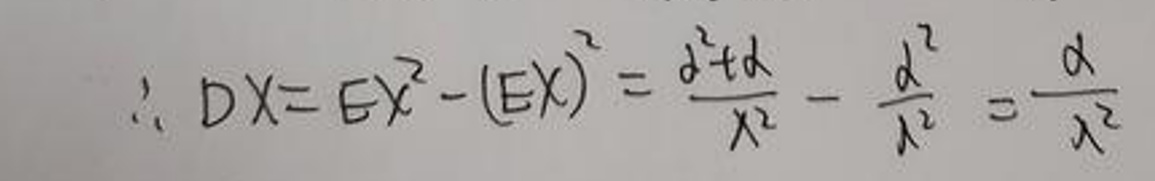
\[
\therefore DX = EX^{2}-(EX)^{2}=\frac{\alpha^{2}+\alpha}{\lambda^{2}}-\frac{\alpha^{2}}{\lambda^{2}}=\frac{\alpha}{\lambda^{2}}
\]